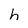
Character: h